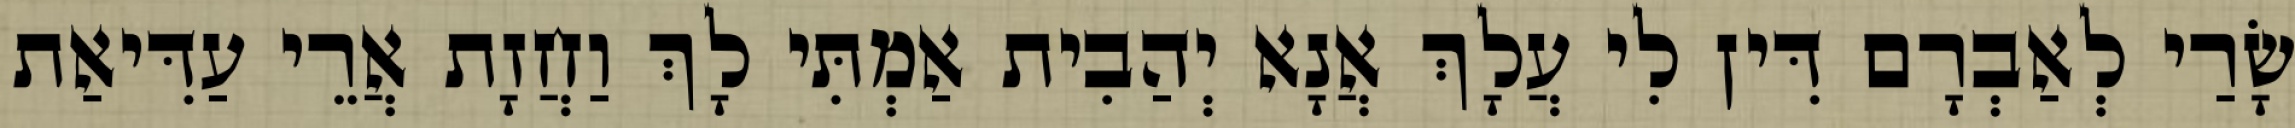
שָׂרַי לְאַבְרָם דִּין לִי עֲלָךְ אֲנָא יְהַבִית אַמְתִּי לָךְ וַחֲזָת אֲרֵי עַדִּיאַת